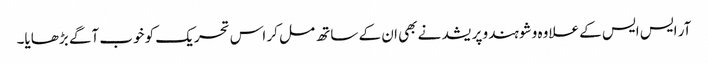
آر ایس ایس کے علاوہ وشو ہندو پریشد نے بھی ان کے ساتھ مل کر اس تحریک کو خوب آگے بڑھایا۔